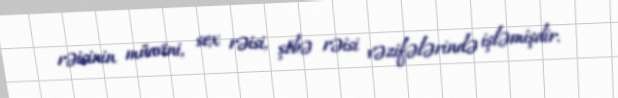
rəisinin müavini, sex rəisi, şöbə rəisi vəzifələrində işləmişdir.